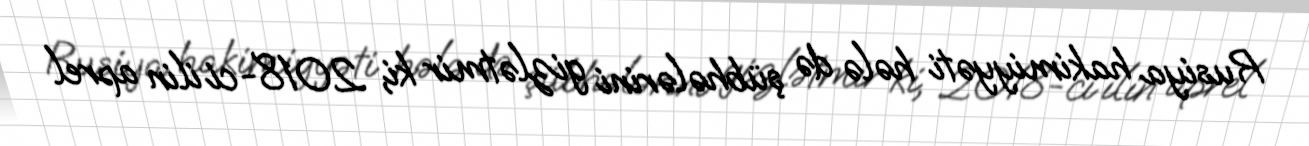
Rusiya hakimiyyəti hələ də şübhələrini gizlətmir ki, 2018-ci ilin aprel